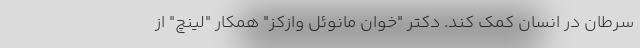
سرطان در انسان کمک کند. دکتر "خوان مانوئل وازکز" همکار "لینچ" از